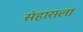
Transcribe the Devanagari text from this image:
संहाराला